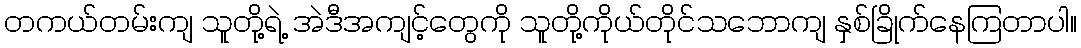
တကယ်တမ်းကျ သူတို့ရဲ့ အဲဒီအကျင့်တွေကို သူတို့ကိုယ်တိုင်သဘောကျ နှစ်ခြိုက်နေကြတာပါ။